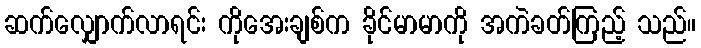
ဆက်လျှောက်လာရင်း ကိုအေးချစ်က ခိုင်မာမာကို အကဲခတ်ကြည့် သည်။